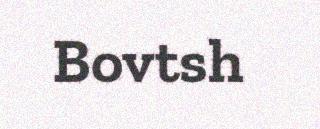
Bovtsh